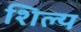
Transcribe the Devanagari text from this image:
शिल्य